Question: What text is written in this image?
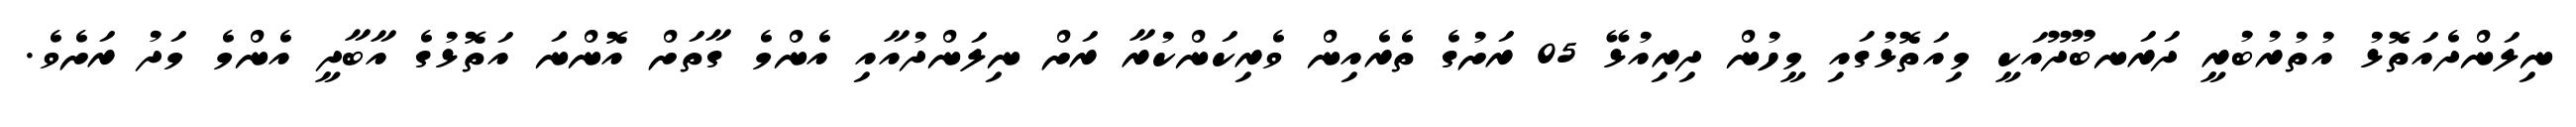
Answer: ނިލަންދެއަތޮޅު އުތުރުބުރީ ދަރަނބޫދޫއަކީ މިއަތޮޅުގައި މީހުން ދިރިއުޅޭ 05 ރަށުގެ ތެރެއިން ވެރިކަންކުރާ ރަށް ނިލަންދުއާއި އެންމެ ގާތަށް އޮންނަ އަތޮޅުގެ އާބާދީ އެންމެ މަދު ރަށެވެ.